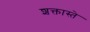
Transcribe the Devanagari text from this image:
शक्तास्ते